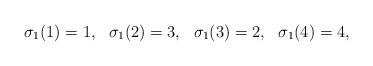
LaTeX: \begin{align*} \sigma_1(1) = 1, \ \ \sigma_1(2) = 3, \ \ \sigma_1(3) = 2, \ \ \sigma_1(4) = 4, \end{align*}